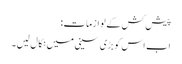
پیش کش کے لوازمات:
اب اس کو بڑی سینی میں نکال لیں۔